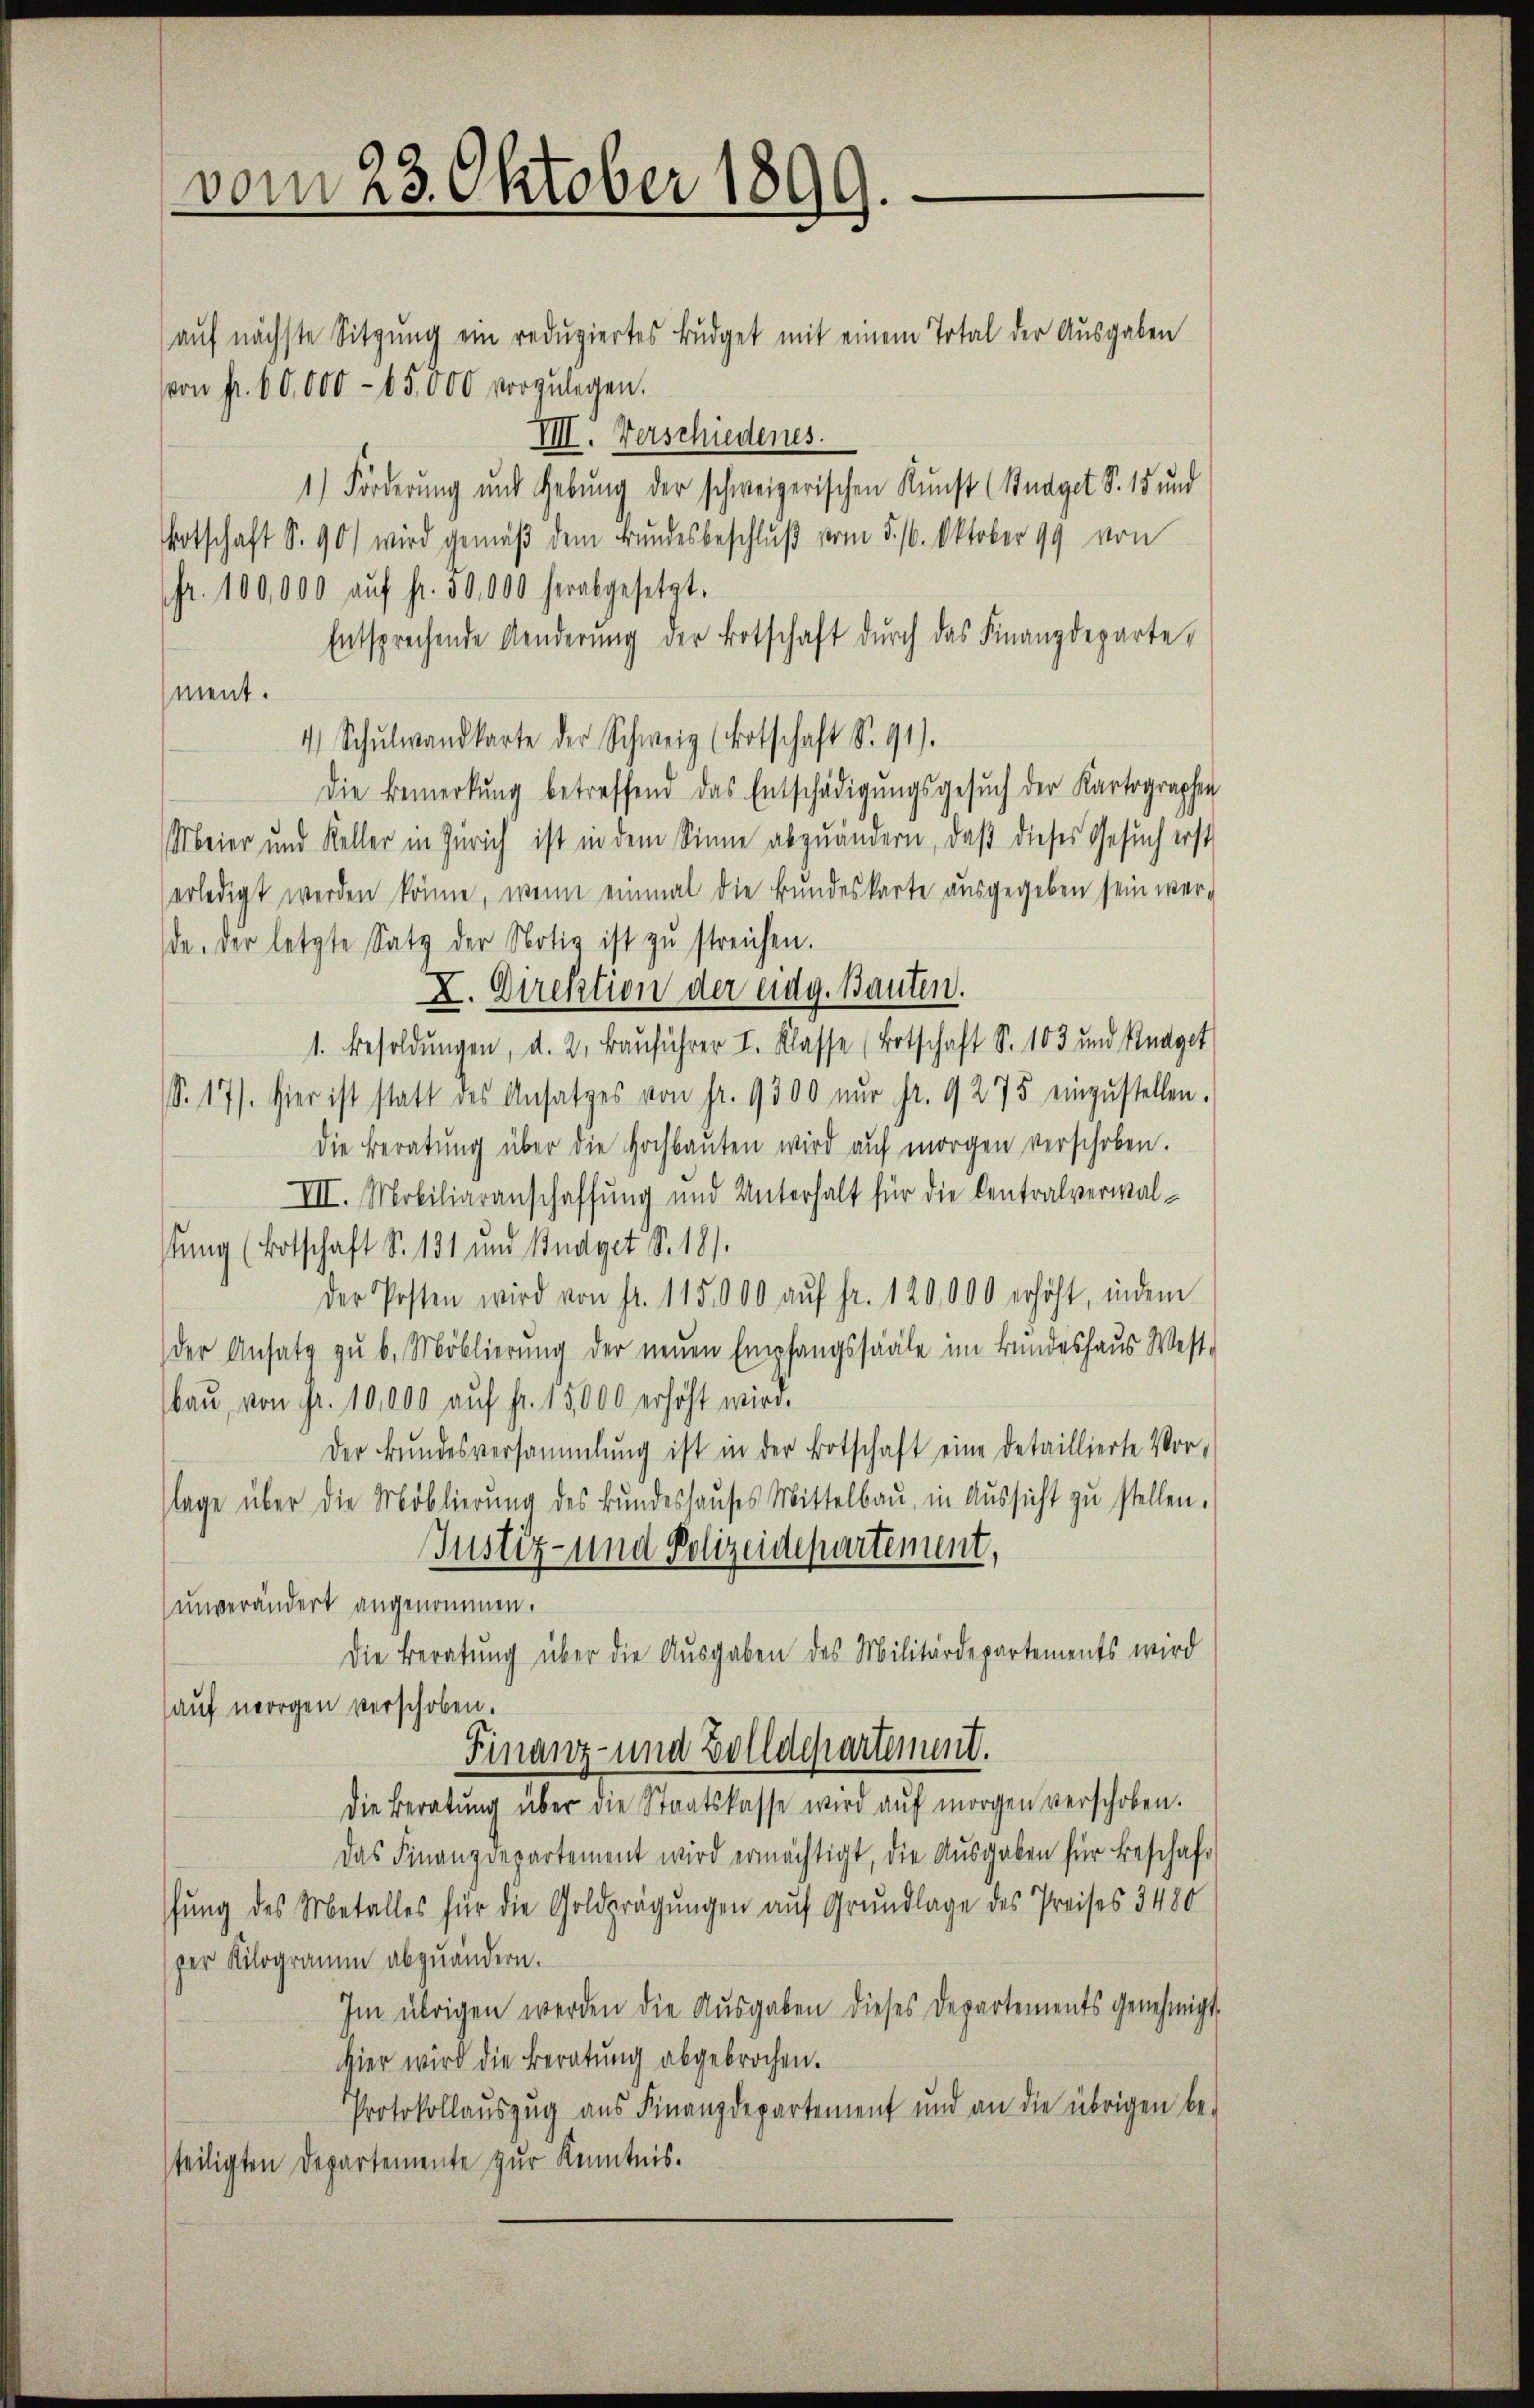
vom 23. Oktober 1899.

auf nächste Sitzung ein reduziertes Büdget mit einem Total der Ausgaben
von fr. 60,000 - 65,000 vorzulegen.
VIII. Verschiedenes.
1) Förderung und Hebung der schweizerischen Kunst (Budget S. 15 und
otschaft S. 90) wird gemäß dem Bundesbeschluß vom 5. 16. Oktober 99 von
(fr. 100,000 aŭf fr. 50,000 herabgesetzt.
Entsprechende Aenderŭng der Botschaft durch das Finanzdepartement.
4 Schŭlwandkarte der Schweiz (Botschaft S. 91).
Die Bemerkŭng betreffend das Entschädigŭngsgesuch der Kartographen
Meier und Keller in Zürich ist in dem Sinne abzuändern, daß dieses Gesuch erst
erledigt werden könne, wenn einmal die Bundeskarte ausgegeben sein wer-
da. Der letzte Satz der Notiz ist zŭ streichen.
X. Direktion der eidg. Bauten.
1. Besoldŭngen, d. 2. Bauführer I. Klasse (Botschaft S. 103 und Knaget
S.17). Hier ist statt des Ansatzes von fr. 9500 nŭr Fr. 9 275 einzŭstellen.
die Beratŭng über die Hochbauten wird auf morgen verschoben.
VII. Mobiliaranschaffung und Unterhalt für die Centralverwalstung (Botschaft S. 131 und Budget S. 18).
der Posten wird von fr. 115,000 aŭf fr. 120,000 erhöht, indem
der Ansatz zu b. Moblierung der neuen Empfangssääle im Bundeshaus West-
baŭ, von Fr. 10,000 aŭf fr. 15,000 erhöht wird.
Der Bŭndesversammlung ist in der Botschaft eine detaillierte Vor-
lage über die Moblierŭng des Bŭndeshaŭses Mittelbaŭ in Aŭssicht zŭ stellen.
Justiz- und Polizeidepartement,
unverändert angenommen.
Die Beratung über die Ausgaben des Militärdepartements wird
auf morgen verschoben.
Finanz- und Zolldepartement.
Die Beratŭng über die Staatskasse wird aŭf morgen verschoben.
Das Finanzdepartement wird ermächtigt, die Ausgaben für Beschaf-
fung des Metalles für die Goldprägungen auf Grundlage des Preises 3480
per Kilogramm abzuändern.
Im übrigen werden die Aŭsgaben dieses Departements genehmigt
hier wird die Beratung abgebrochen.
Protokollauszug aus Finanzdepartement und an die übrigen be-
steiligten Departemente zur Kenntnis.